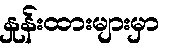
နှုန်းထားများမှာ